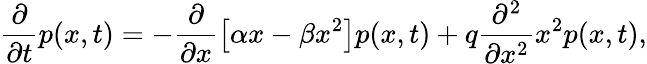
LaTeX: \frac{\partial}{\partial t}p(x,t)=-\frac{\partial}{\partial x}\left[\alpha x-\beta x^{2}\right]p(x,t)+q\frac{\partial^{2}}{\partial x^{2}}x^{2}p(x,t),